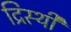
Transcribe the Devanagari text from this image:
द्रिस्थी